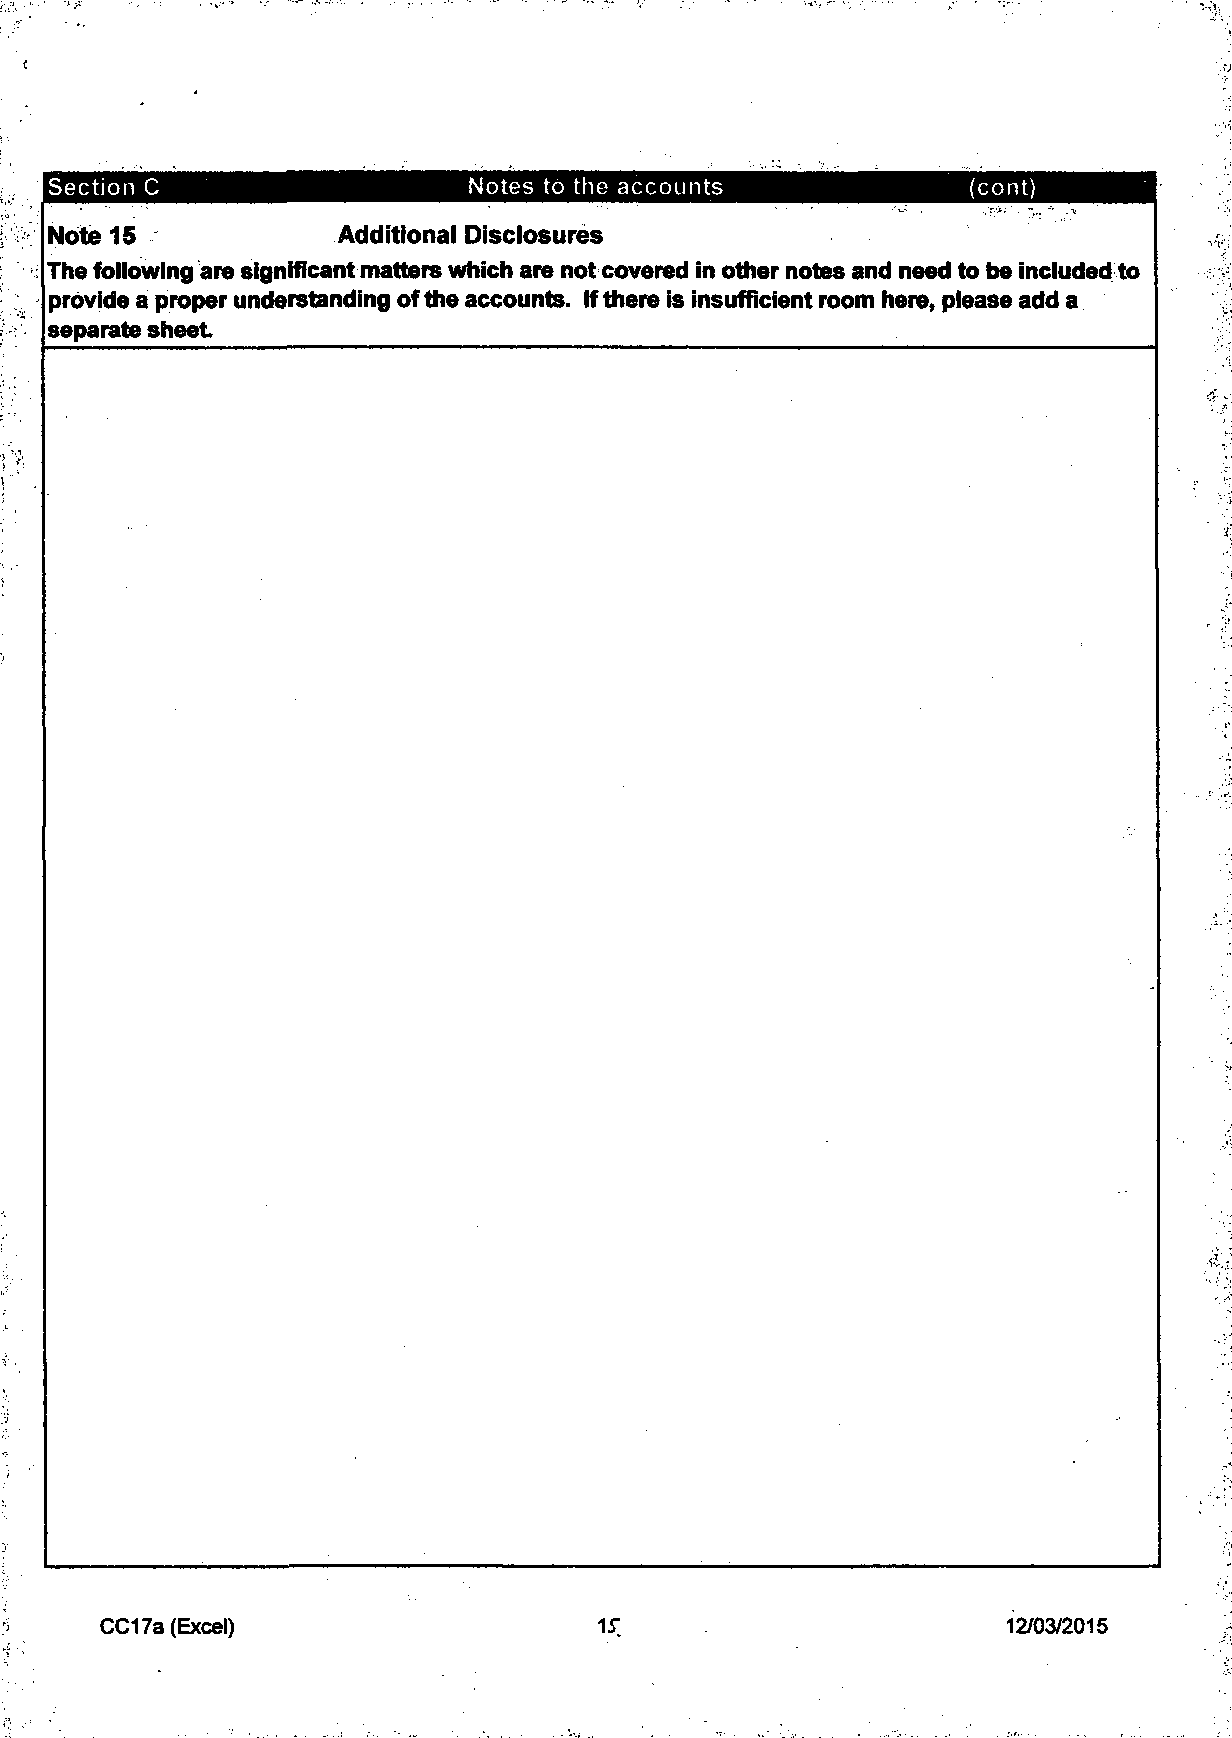
Section C                   Notes to the accounts             (cont)
 Note 15            Additional Disclosures
 The following are significant matters which are not covered in other notes and need to be included to
 provide a proper understanding of the accounts. If there is insufficient room here, please add a
 separate sheet
 CC17a (Excel)                                               12/03/2015